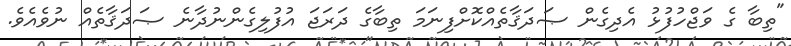
"ތިބާ ގެ ވަޖްހުފުޅު އެދިގެން ޞަދަޤާތެއްކޮށްފިނަމަ ތިބާގެ ދަރަޖަ އުފުލިގެންނުދާނެ ޞަދަޤާތެއް ނުވެއެވެ.